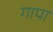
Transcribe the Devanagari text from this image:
गापा